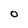
Character: O